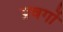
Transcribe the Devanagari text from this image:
प्रवर्गो